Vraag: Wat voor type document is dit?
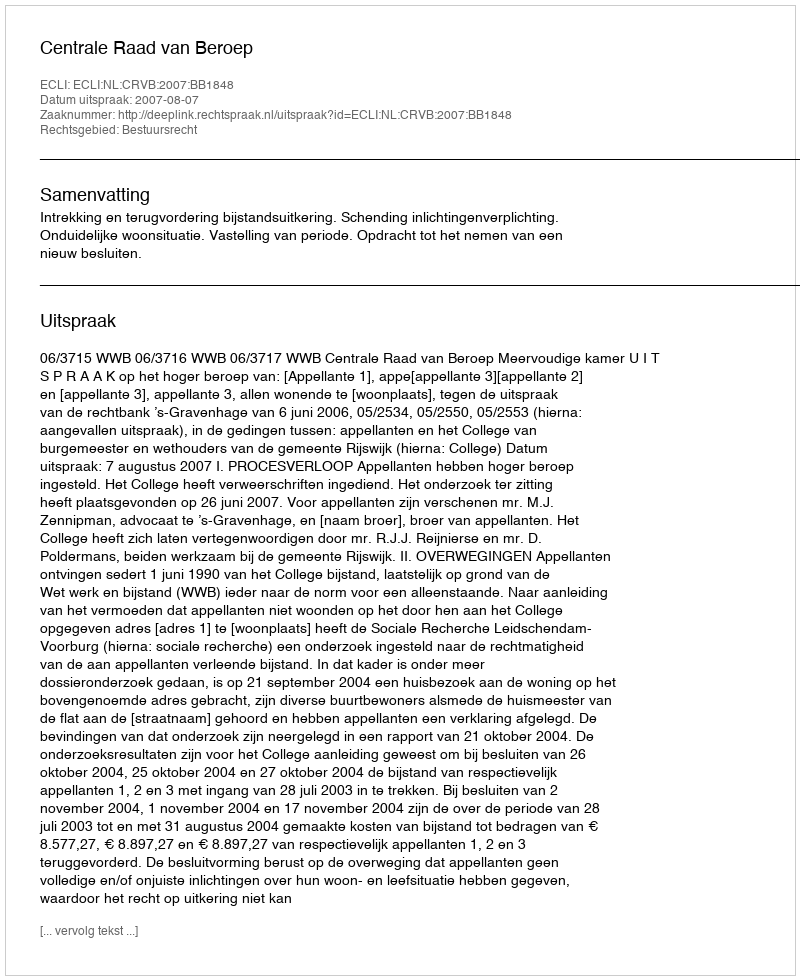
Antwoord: Uitspraak